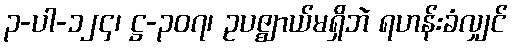
၃-ပါ-၁၂၄၊ ဋ္ဌ-၃၀၇၊ ဥပဇ္ဈာယ်မရှိဘဲ ရဟန်းခံလျှင်